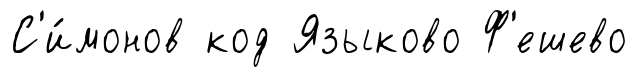
С'и́монов код Языково Ф'ешево